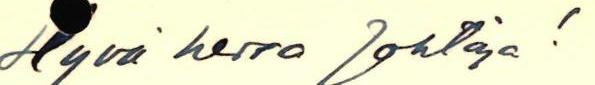
Hyvä herra Johtaja!